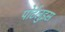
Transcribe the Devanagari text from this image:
पोर्टलुइस